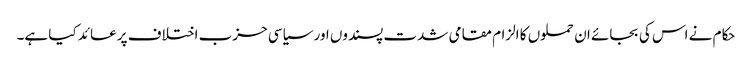
حکام نے اس کی بجائے ان حملوں کا الزام مقامی شدت پسندوں اور سیاسی حزب اختلاف پر عائد کیا ہے۔